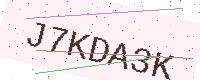
Text: J7KDA3K